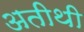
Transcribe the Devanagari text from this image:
अतीथी